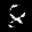
Label: 8